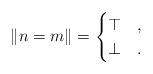
LaTeX: \begin{align*}\| n=m \| =\begin{cases}\top & , \\\bot & .\end{cases}\end{align*}